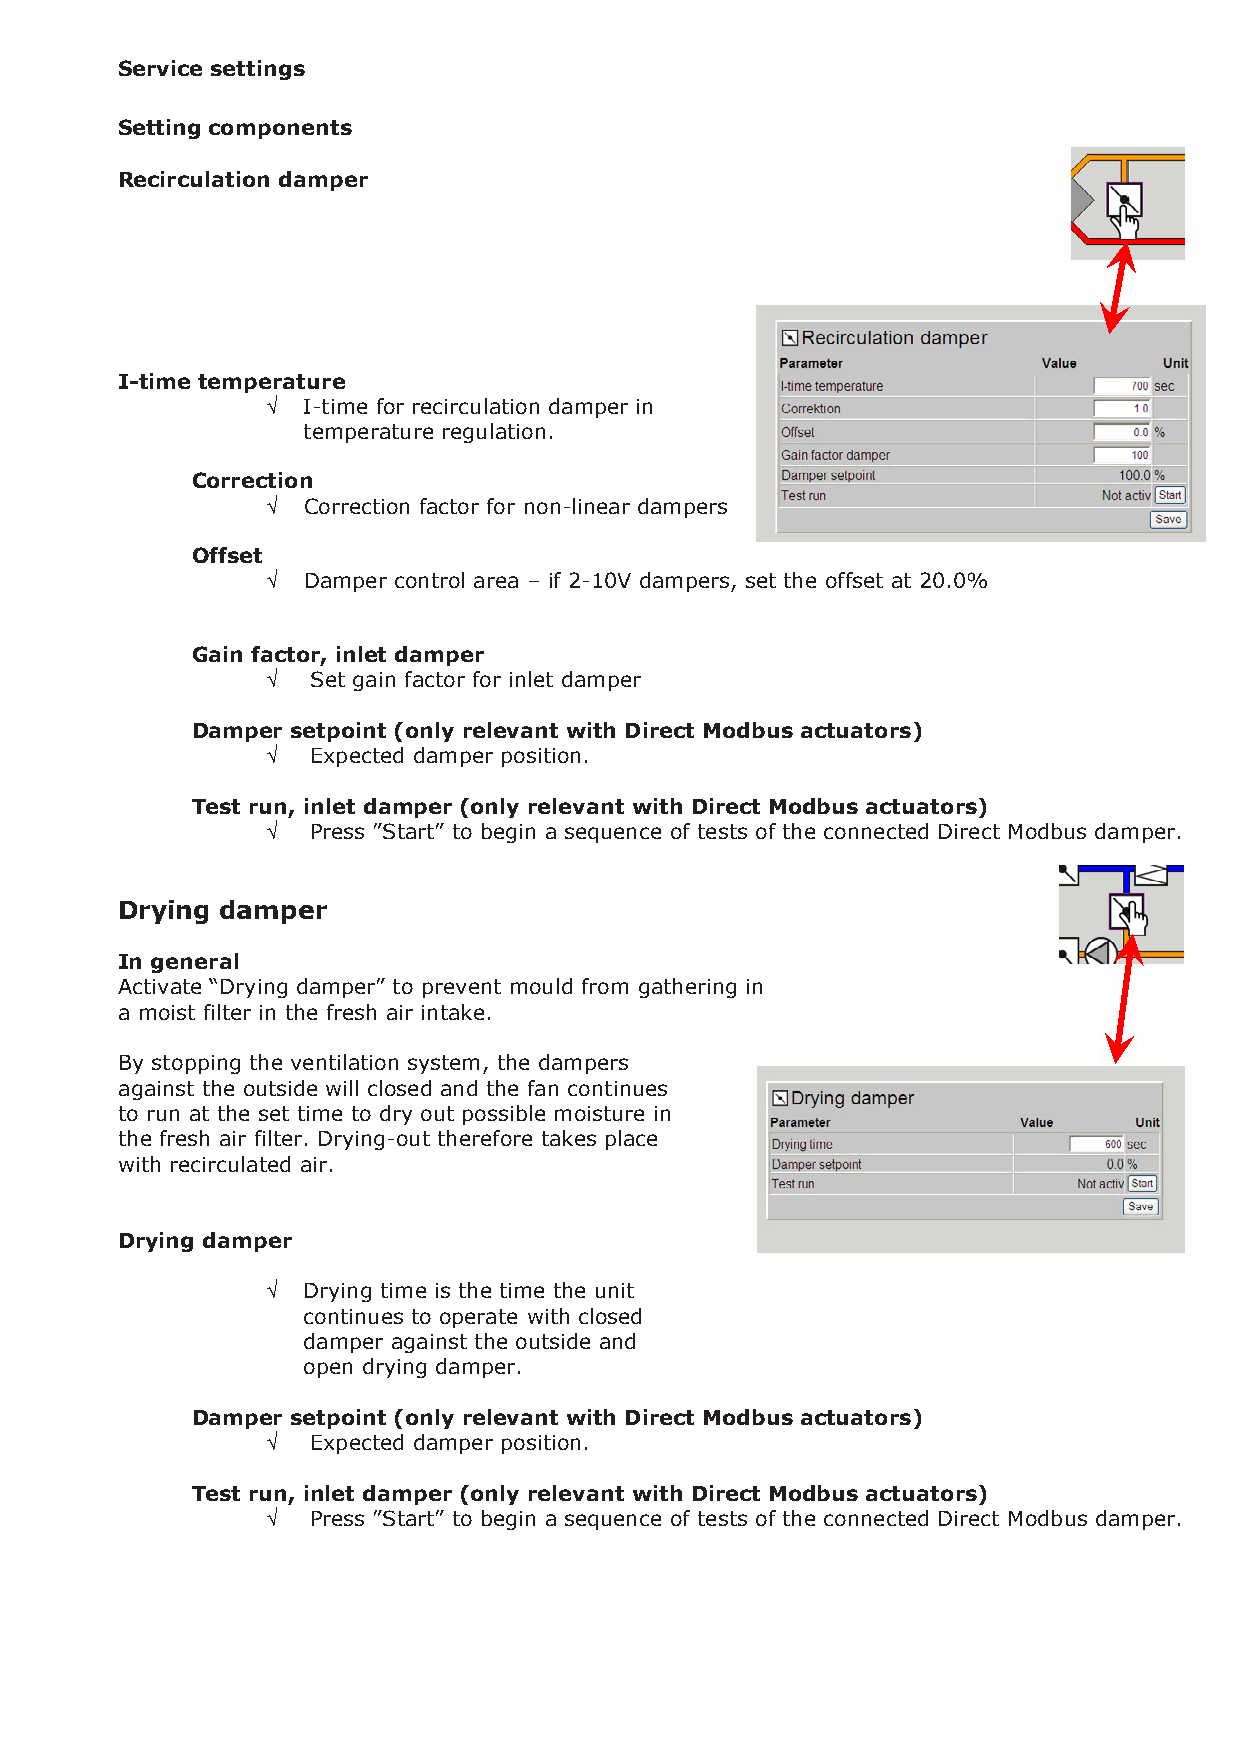
Service settings
 Setting components
 Recirculation damper
 I-time temperature
 √ I-time for recirculation damper in
 temperature regulation.
 Correction
 √ Correction factor for non-linear dampers
 Offset
 √ Damper control area – if 2-10V dampers, set the offset at 20.0%
 Gain factor, inlet damper
 √  Set gain factor for inlet damper
 Damper setpoint (only relevant with Direct Modbus actuators)
 √  Expected damper position.
 Test run, inlet damper (only relevant with Direct Modbus actuators)
 √  Press ”Start” to begin a sequence of tests of the connected Direct Modbus damper.
 Drying damper
 In general
 Activate “Drying damper” to prevent mould from gathering in
 a moist filter in the fresh air intake.
 By stopping the ventilation system, the dampers
 against the outside will closed and the fan continues
 to run at the set time to dry out possible moisture in
 the fresh air filter. Drying-out therefore takes place
 with recirculated air.
 Drying damper
 √ Drying time is the time the unit
 continues to operate with closed
 damper against the outside and
 open drying damper.
 Damper setpoint (only relevant with Direct Modbus actuators)
 √  Expected damper position.
 Test run, inlet damper (only relevant with Direct Modbus actuators)
 √  Press ”Start” to begin a sequence of tests of the connected Direct Modbus damper.